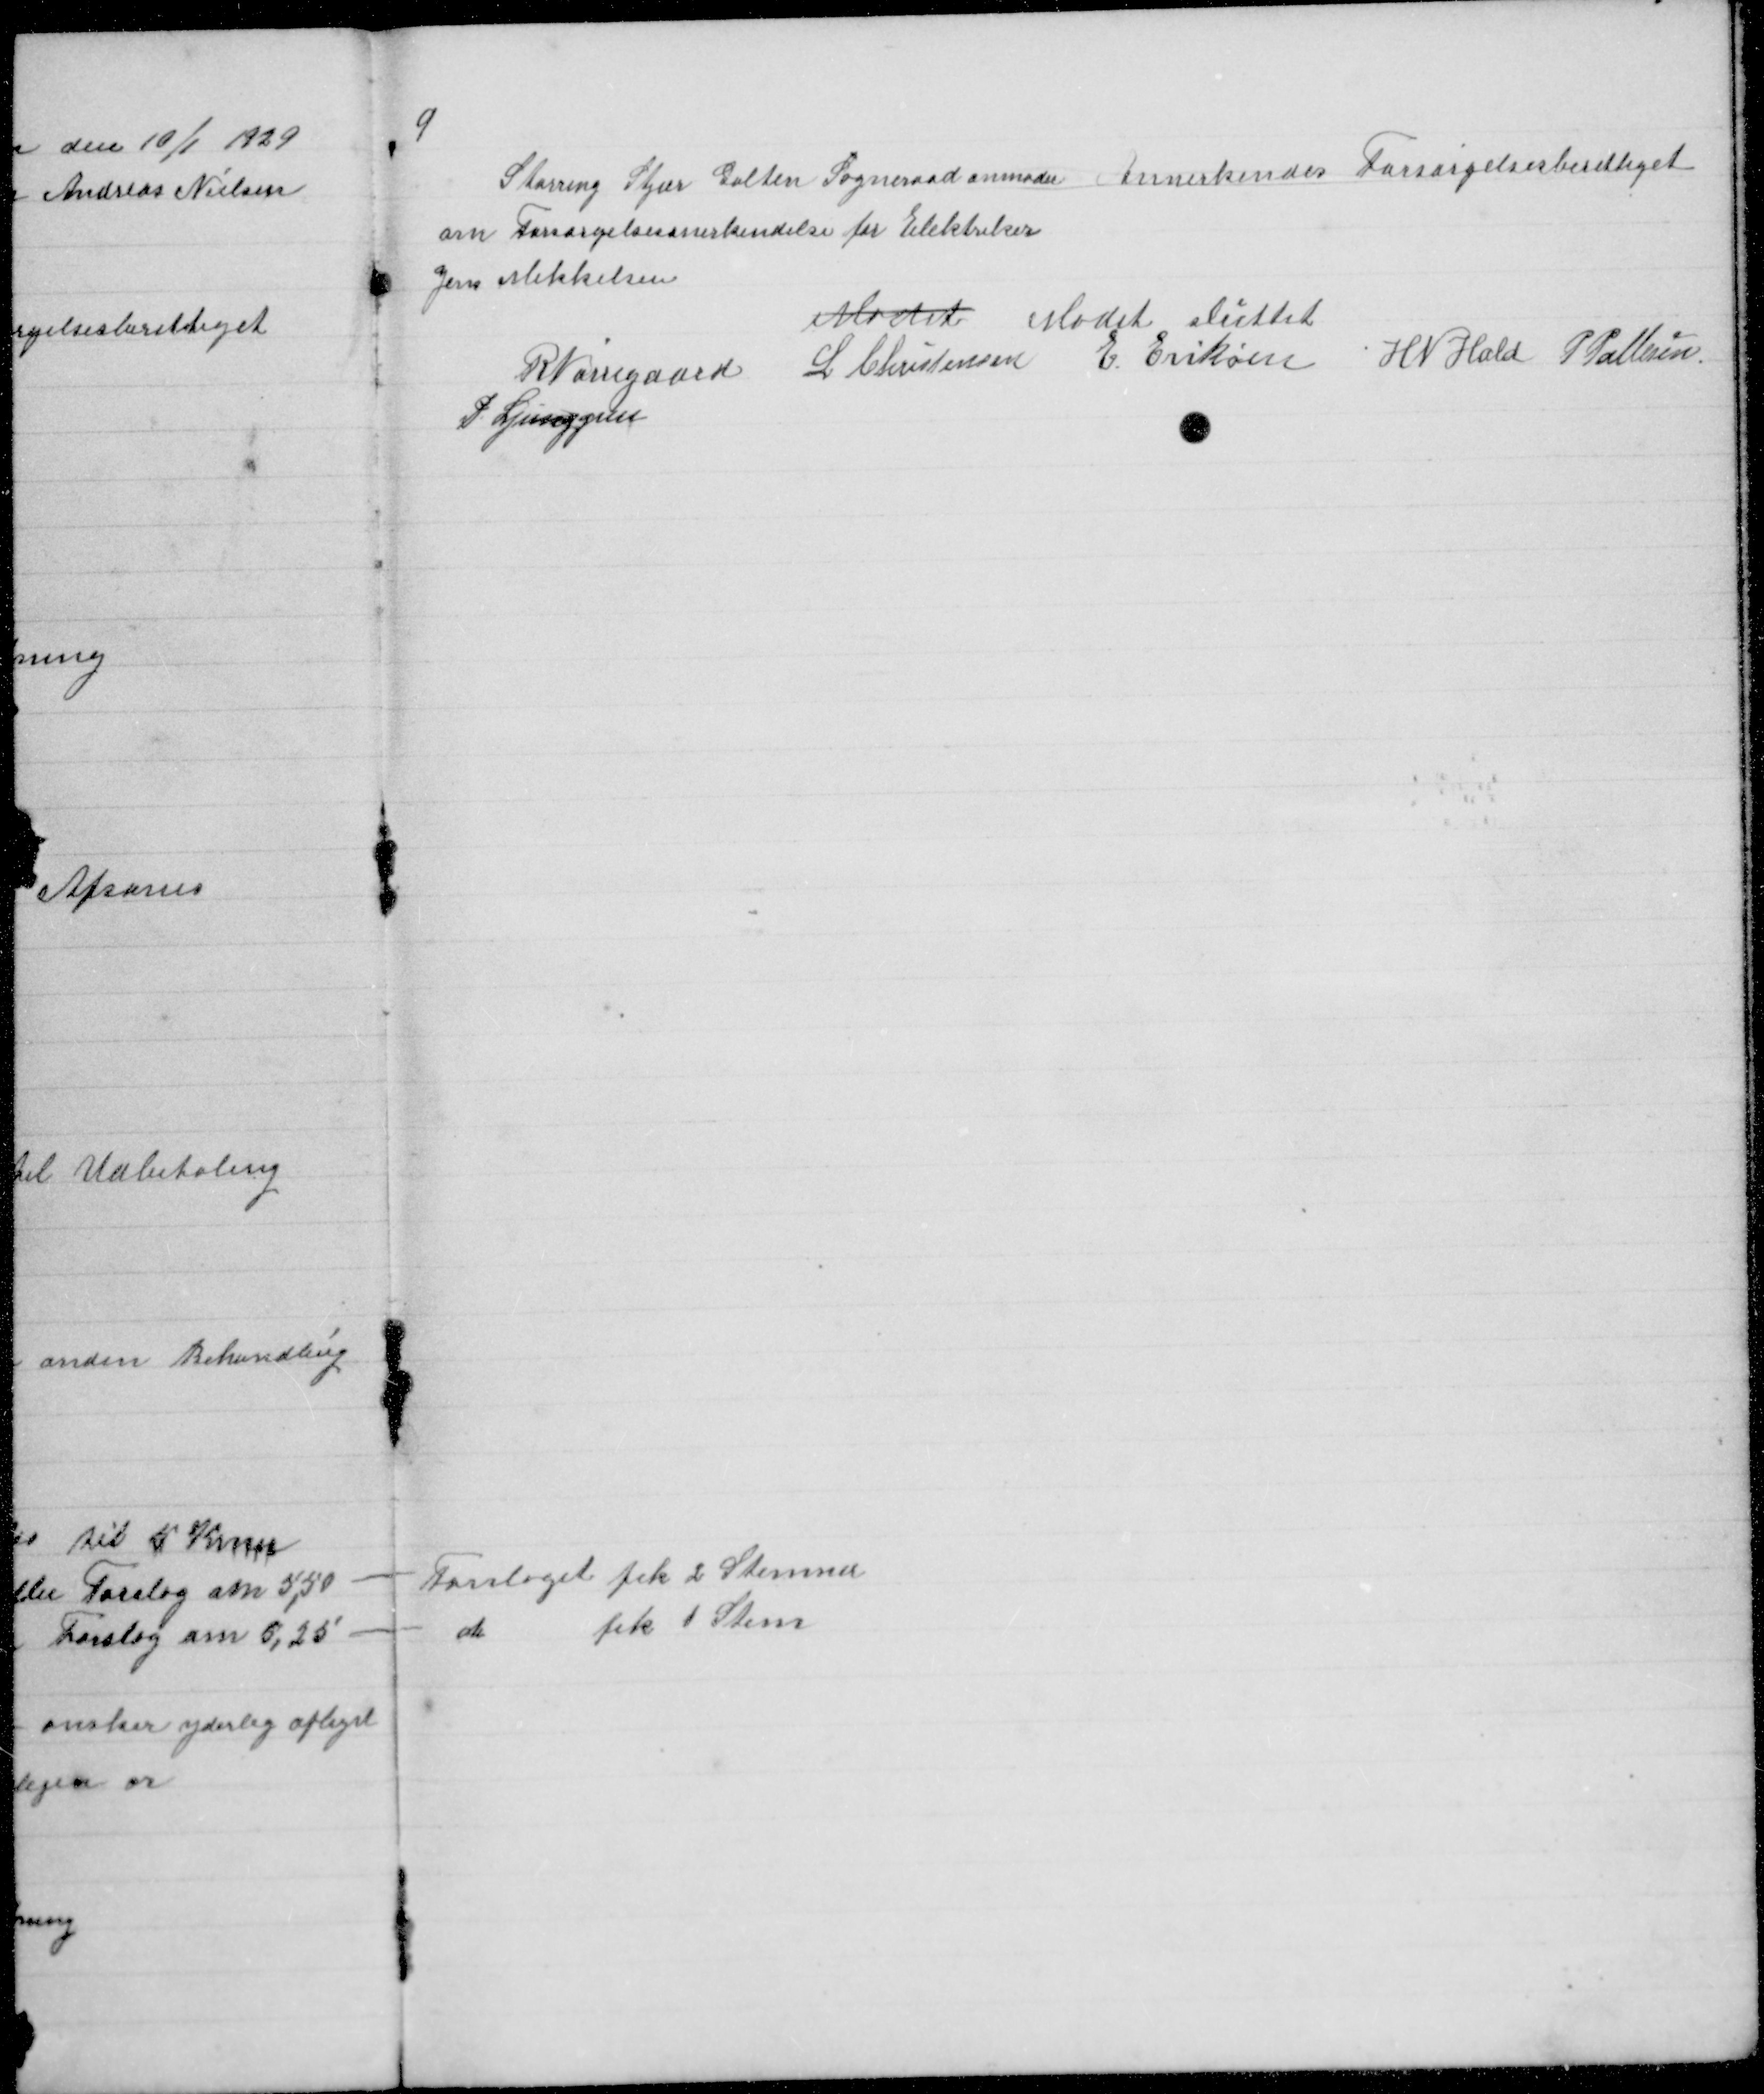
Transskription:
9

Storring Stjær Galten Sogneraad anmoder
om Forsørgelsesanerkendelse for Elektriker
Jens Mikkelsen

Annerkendes Forsørgelsesberettiget

Mødet Mødet sluttet
R Nørregaard L Christensen E Eriksen H N Hald P Pallesen
P Ljunggren

- Forslaget fik 2 Stemmer
- do
fik 1 Stem